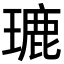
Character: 𤨞